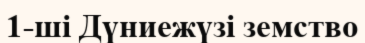
1-ші Дүниежүзі земство